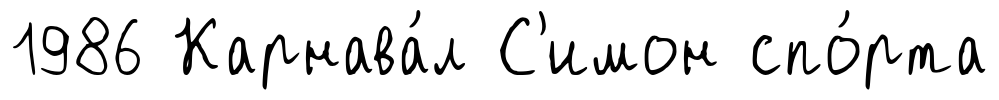
1986 Карнава́л С'имон спо́рта